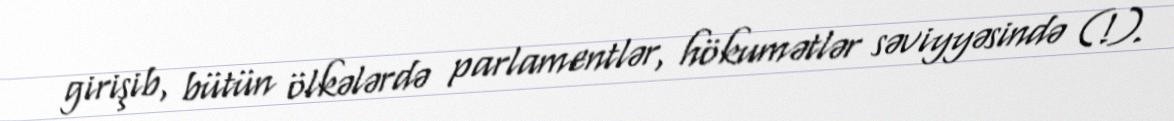
girişib, bütün ölkələrdə parlamentlər, hökumətlər səviyyəsində (!).